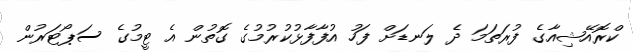
ކްރޮއޭޝިއާގެ ފުރަތަމަ ދެ ލަނޑަށް ފަހު އުފާފާޅުކުރުމުގެ ގޮތުން އެ ޓީމުގެ ސަޕޯޓަރުން